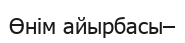
Өнім айырбасы–